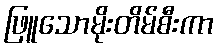
ဖြူသောမိုးတိမ်စီးကာ